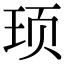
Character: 顼